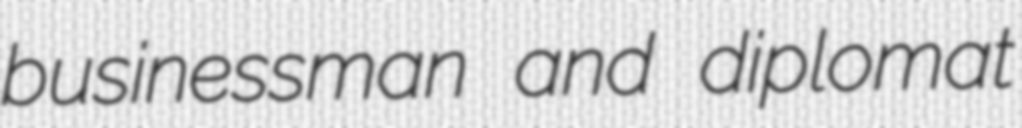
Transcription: businessman and diplomat